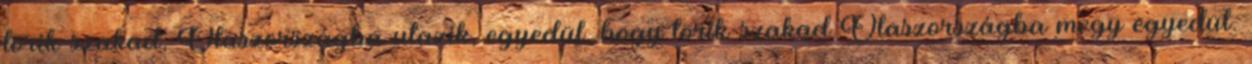
törik-szakad, Olaszországba utazik, egyedül. hogy törik-szakad Olaszországba megy egyedül.